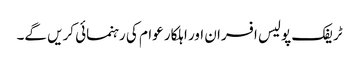
ٹریفک پولیس افسران اور اہلکار عوام کی رہنمائی کریں گے۔